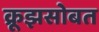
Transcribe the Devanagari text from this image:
क्रूझसोबत